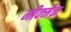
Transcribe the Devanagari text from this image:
मीक्मैक़